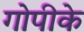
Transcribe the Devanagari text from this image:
गोपीके